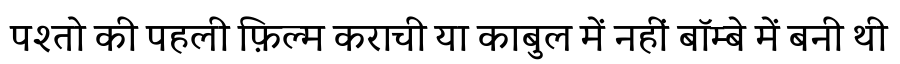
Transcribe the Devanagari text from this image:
पश्तो की पहली फ़िल्म कराची या काबुल में नहीं बॉम्बे में बनी थी